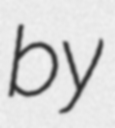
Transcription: by